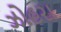
ઝોહરા